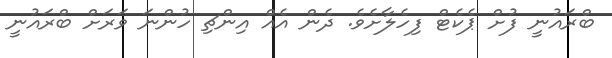
ބްރައުނީ ފުށް ޕެކެޓް ފިހެލާށެވެ. ދެން އެއް އިންޗި ހުންނަ ވަރަށް ބްރައުނީ